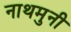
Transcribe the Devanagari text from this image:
नाथमुनी